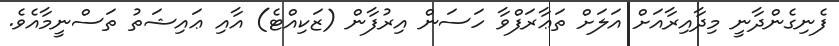
ފެނިގެންދާނީ މިދާއިރާއަށް އަލަށް ތަޢާރަފްވާ ހަސަން އިރުފާން (ޒަކިއްޓެ) އާއި ޢައިޝަތު ތަސްނީމާއެވެ.